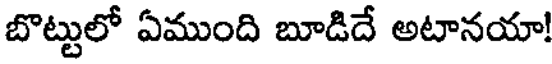
బొట్టులో ఏముంది బూడిదే అటానయా!